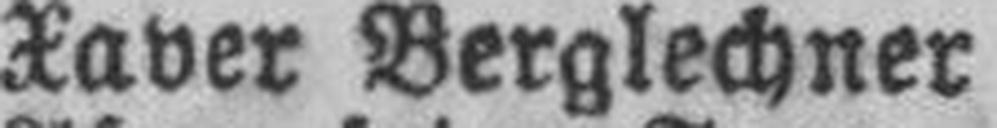
Xaver Berglechner